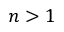
n > 1